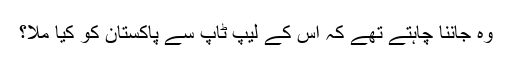
وہ جاننا چاہتے تھے کہ اس کے لیپ ٹاپ سے پاکستان کو کیا ملا؟